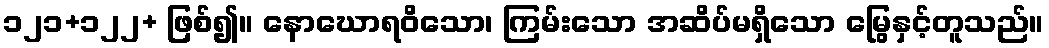
၁၂၁+၁၂၂+ ဖြစ်၍။ နောဃောရဝိသော၊ ကြမ်းသော အဆိပ်မရှိသော မြွေနှင့်တူသည်။